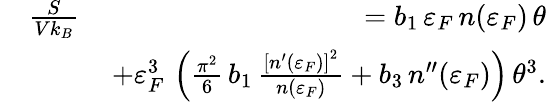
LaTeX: \begin{array}{rlr}&{\frac{S}{Vk_{B}}\, }&{=b_{1}\, \varepsilon_{F}\, n(\varepsilon_{F})\, \theta}\\ &{}&{+\varepsilon_{F}^{3}\, \left(\frac{\pi^{2}}{6}\, b_{1}\, \frac{\left[n^{\prime}(\varepsilon_{F})\right]^{2}}{n(\varepsilon_{F})}+b_{3}\, n^{\prime\prime}(\varepsilon_{F})\right)\, \theta^{3}.}\end{array}